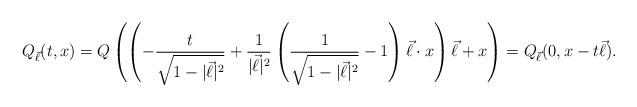
LaTeX: \begin{align*}Q_{\vec \ell} (t,x) = Q \left (\left ( -\frac{t}{\sqrt{1 - |\vec \ell|^2}} + \frac{1}{|\vec \ell|^2} \left ( \frac{1}{\sqrt{1 - |\vec \ell|^2}} - 1 \right )\vec \ell \cdot x\right ) \vec \ell + x\right )= Q_{\vec \ell}(0, x - t\vec \ell). \end{align*}